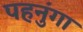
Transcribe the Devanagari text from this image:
पहनुंगा